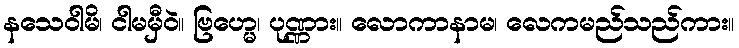
နသေဝါမိ၊ ငါမမှီဝဲ။ ဗြဟ္မေ၊ ပုဏ္ဏား။ လောကာနာမ၊ လေကမည်သည်ကား။